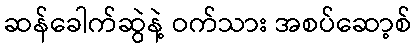
ဆန်ခေါက်ဆွဲနဲ့ ဝက်သား အစပ်ဆော့စ်